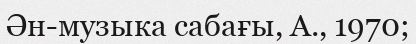
Ән-музыка сабағы, А., 1970;